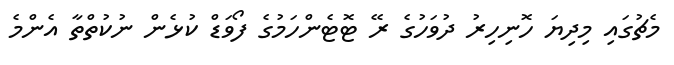
މެޗުގައި މިދިޔަ ހޮނިހިރު ދުވަހުގެ ރޭ ޓޮޓެންހަމުގެ ފޯވަޑް ކުޅެން ނުކުތްތާ އެންމެ